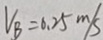
V _ { B } = 0 . 2 5 m / s